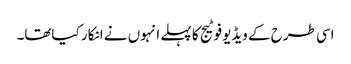
اسی طرح کے ویڈیوفوٹیج کا پہلے انہوں نے انکار کیاتھا۔